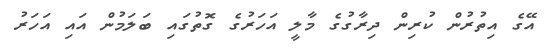
އޭގެ އިތުރުން ކުރިން ދިރާގުގެ މާލީ އަހަރުގެ ގޮތުގައި ބަލަމުން އައި އަހަރު